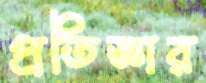
প্রতিজ্ঞার